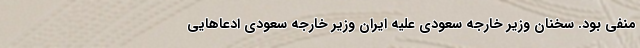
منفی بود. سخنان وزیر خارجه سعودی علیه ایران وزیر خارجه سعودی ادعاهایی